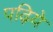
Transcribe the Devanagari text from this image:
पढ़िये